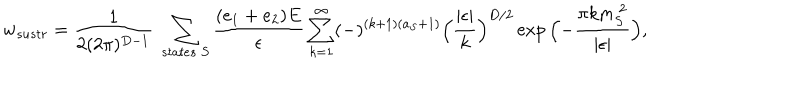
w _ { s u s t r } = { \frac { 1 } { 2 ( 2 \pi ) ^ { D - 1 } } } \ \sum _ { s t a t e s \ S } { \frac { ( e _ { 1 } + e _ { 2 } ) E } { \epsilon } } \sum _ { k = 1 } ^ { \infty } ( - ) ^ { ( k + 1 ) ( a _ { S } + 1 ) } \Bigl ( { \frac { \vert \epsilon \vert } { k } } \Bigr ) ^ { D / 2 } \exp { \Bigl ( - { \frac { \pi k m _ { S } ^ { \ 2 } } { \vert \epsilon \vert } } \Bigr ) } ,